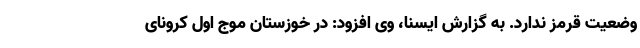
وضعیت قرمز ندارد. به گزارش ایسنا، وی افزود: در خوزستان موج اول کرونای